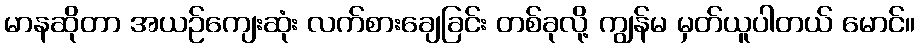
မာနဆိုတာ အယဉ်ကျေးဆုံး လက်စားချေခြင်း တစ်ခုလို့ ကျွန်မ မှတ်ယူပါတယ် မောင်။